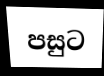
පසුට